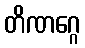
တိဏဂ္ဂေ